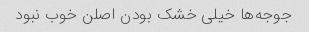
جوجه‌ها خیلی خشک بودن اصلن خوب نبود